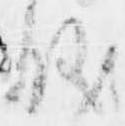
儀